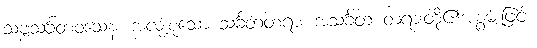
သဗ္ဗသင်္ခတဝသေန၊ အလုံးစုံသော သင်္ခတတရား အသင်္ခတ တရားတို့၏အစွမ်းဖြင့်။